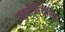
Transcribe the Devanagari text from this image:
पाइरोसिंथेसिस